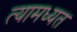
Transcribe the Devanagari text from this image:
त्यामध्यत